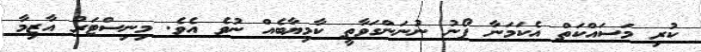
ކުރި މަސައްކަތް އެކަމަނާ ފޯނު ނުނަންގަވާތީ ކާމިޔާބެއް ނުވެ އެވެ. މިނިސްޓަރު އާޒިމާ